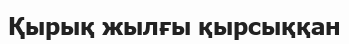
Қырық жылғы қырсыққан